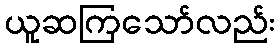
ယူဆကြသော်လည်း